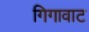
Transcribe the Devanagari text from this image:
गिगावाट